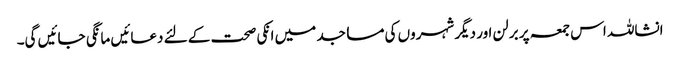
انشاللہ اس جمعہ پر برلن اور دیگر شہروں کی مساجد میں انکی صحت کے لئے دعائیں مانگی جائیں گی۔